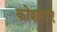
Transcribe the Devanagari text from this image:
कोशराए